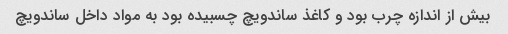
بیش از اندازه چرب بود و کاغذ ساندویچ چسبیده بود به مواد داخل ساندویچ